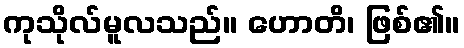
ကုသိုလ်မူလသည်။ ဟောတိ၊ ဖြစ်၏။